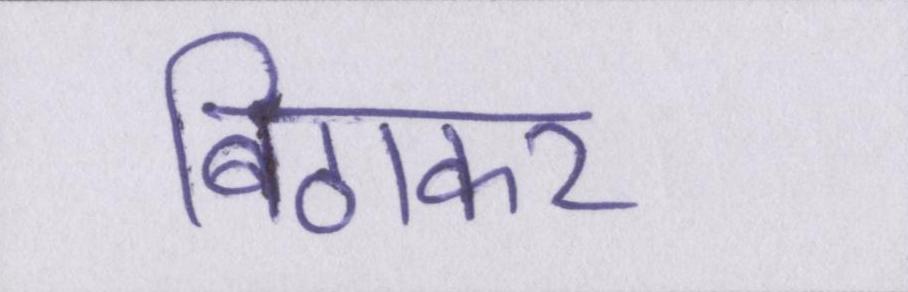
बिठाकर